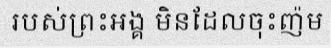
របស់ព្រះអង្គ មិនដែលចុះញ៉ម